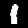
Label: 1